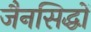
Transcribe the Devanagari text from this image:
जैनसिद्धों